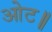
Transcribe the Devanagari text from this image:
ओट॥